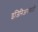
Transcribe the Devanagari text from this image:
इंजिनिअरांसाठी